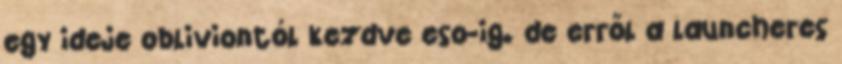
egy ideje obliviontól kezdve eso-ig. de erről a launcheres